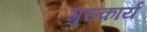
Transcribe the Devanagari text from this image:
गुरुकार्य